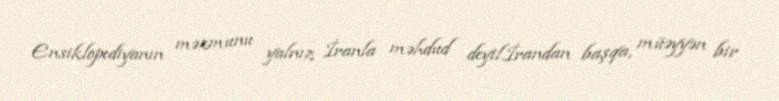
Ensiklopediyanın məzmunu yalnız İranla məhdud deyil.İrandan başqa, müəyyən bir